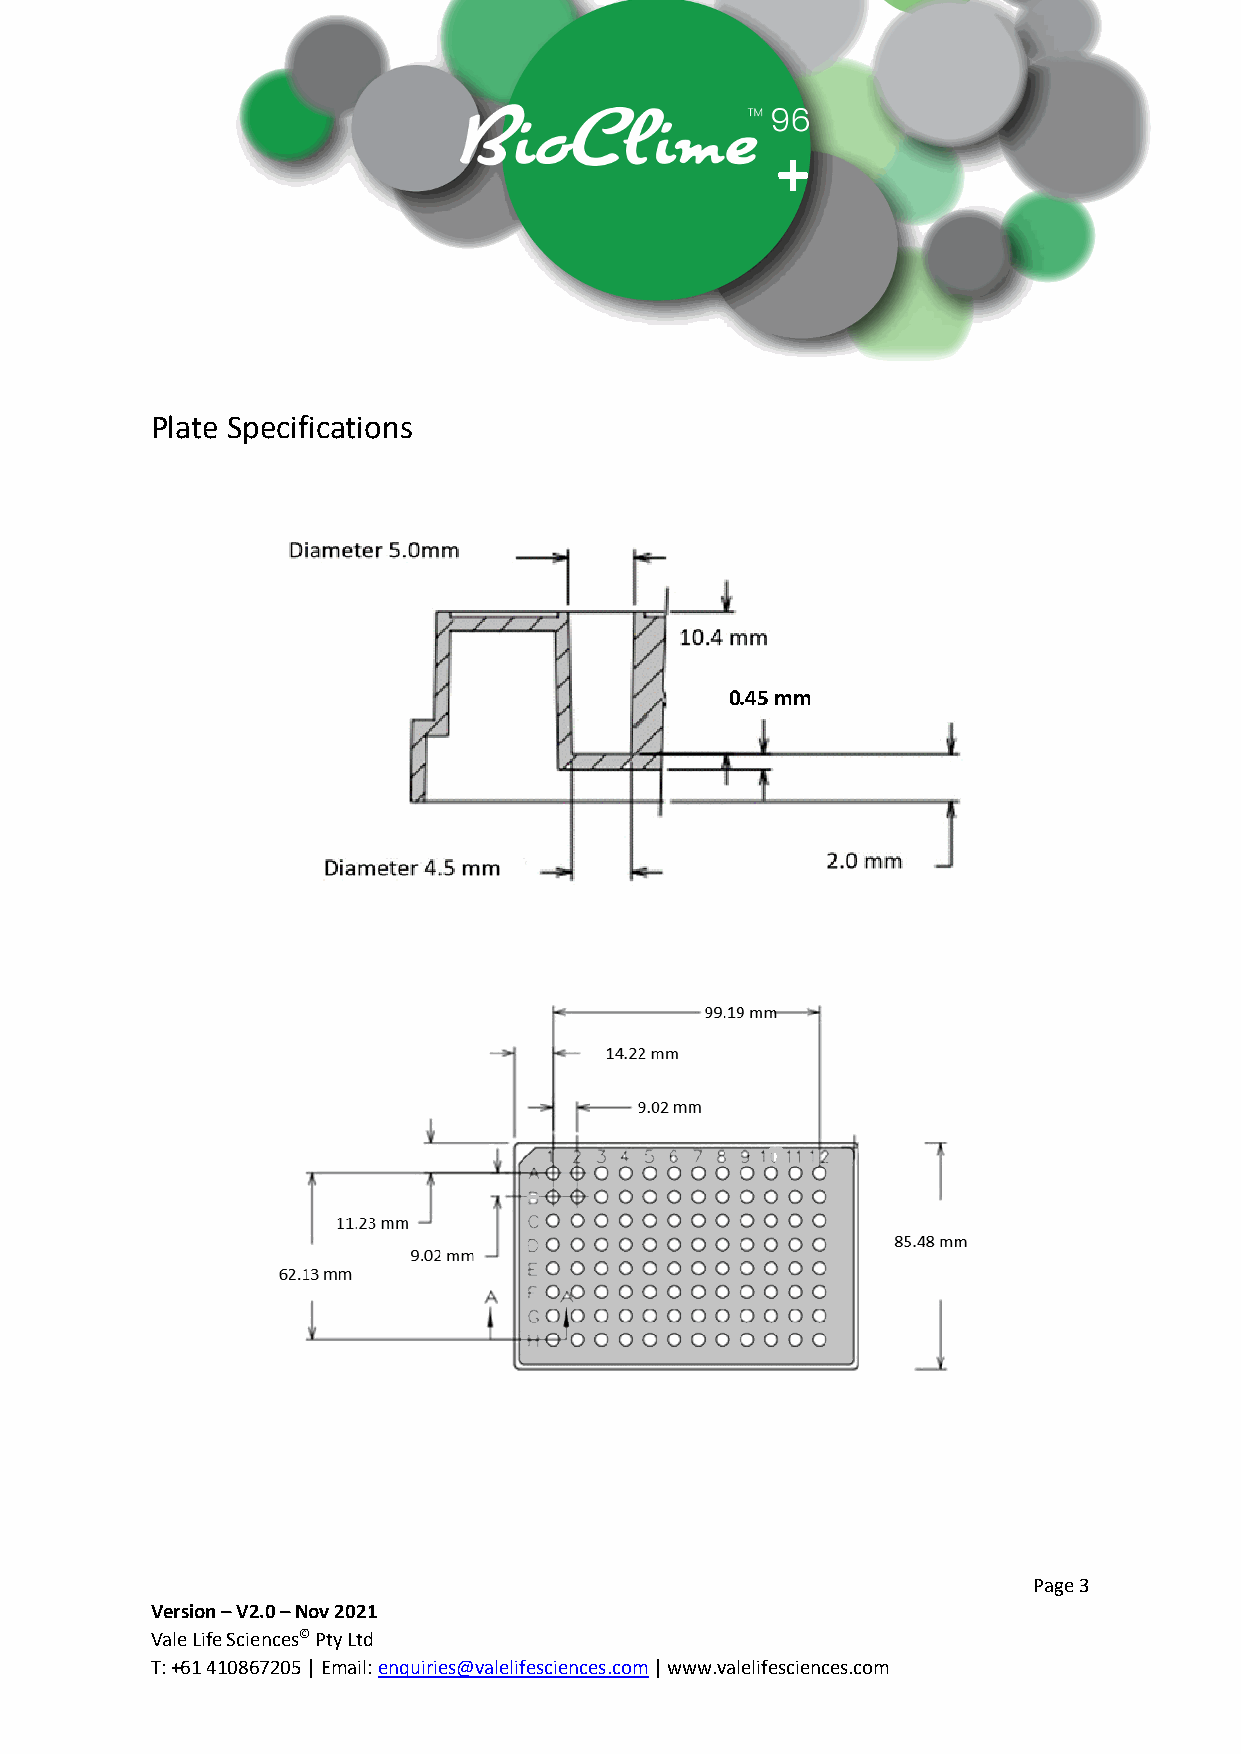
+
 Plate Specifications
 0.45 mm
 Page 3
 Version – V2.0 – Nov 2021
 Vale Life Sciences© Pty Ltd
 T: +61 410867205 | Email: enquiries@valelifesciences.com | www.valelifesciences.com